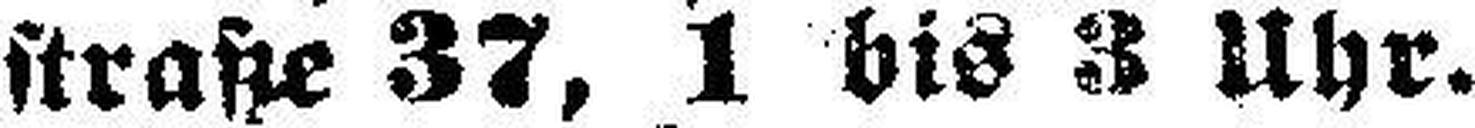
straße 37, 1 bis 3 Uhr.